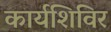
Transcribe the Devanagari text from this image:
कार्यशिविर